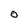
Character: 0